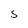
Character: S